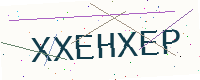
Text: XXEHXEP